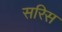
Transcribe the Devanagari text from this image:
सरिस